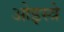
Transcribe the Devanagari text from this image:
ओइस्त्रे